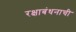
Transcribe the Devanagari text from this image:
रक्षाबंधनाची